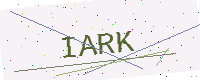
Text: IARK